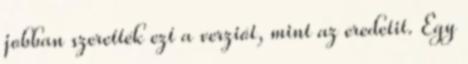
jobban szerették ezt a verziót, mint az eredetit. Egy